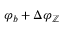
\varphi _ { b } + \Delta \varphi _ { \mathbb { Z } }